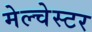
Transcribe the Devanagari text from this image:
मेल्चेस्टर